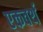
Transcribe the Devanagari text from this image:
एकवर्थ